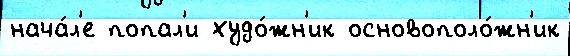
нача́л'е попал'и худо́жн'ик основополо́жн'ик